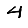
Digit: 4